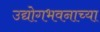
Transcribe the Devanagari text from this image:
उद्योगभवनाच्या